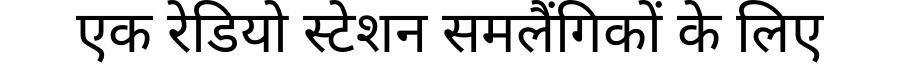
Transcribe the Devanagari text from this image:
एक रेडियो स्टेशन समलैंगिकों के लिए